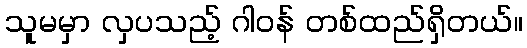
သူမမှာ လှပသည့် ဂါဝန် တစ်ထည်ရှိတယ်။